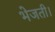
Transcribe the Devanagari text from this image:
भेजती।